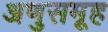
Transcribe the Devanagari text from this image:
अणुसमूह